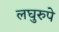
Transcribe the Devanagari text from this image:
लघुरुपे